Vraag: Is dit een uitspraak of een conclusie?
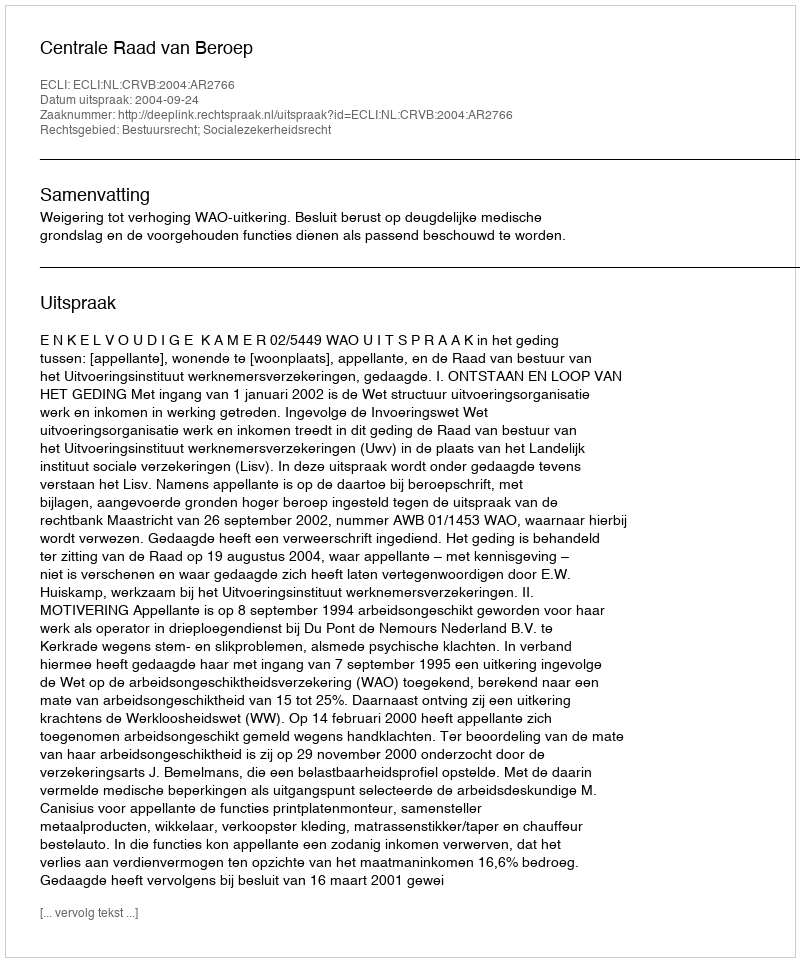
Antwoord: Uitspraak